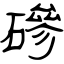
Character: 磣